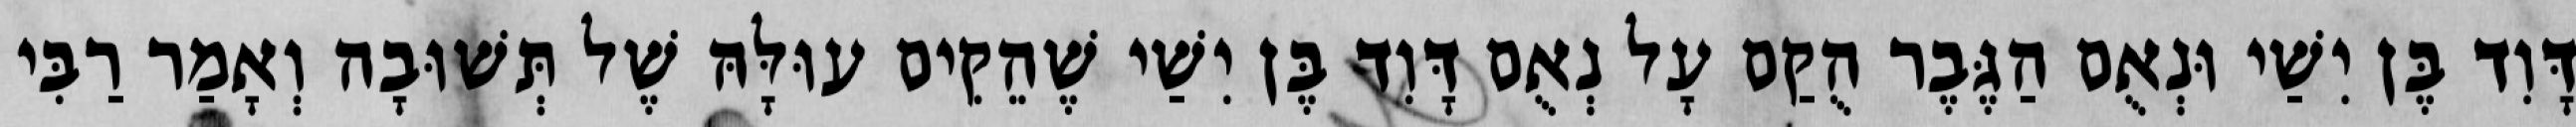
דָּוִד בֶּן יִשַׁי וּנְאֻם הַגֶּבֶר הֻקַם עָל נְאֻם דָּוִד בֶּן יִשַׁי שֶׁהֵקִים עוּלָּהּ שֶׁל תְּשׁוּבָה וְאָמַר רַבִּי